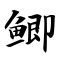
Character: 鲫